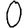
Digit: 0